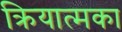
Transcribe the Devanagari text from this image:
क्रियात्मका